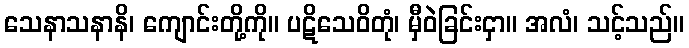
သေနာသနာနိ၊ ကျောင်းတို့ကို။ ပဋိသေဝိတုံ၊ မှီဝဲခြင်းငှာ။ အလံ၊ သင့်သည်။